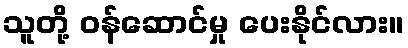
သူတို့ ဝန်ဆောင်မှု ပေးနိုင်လား။